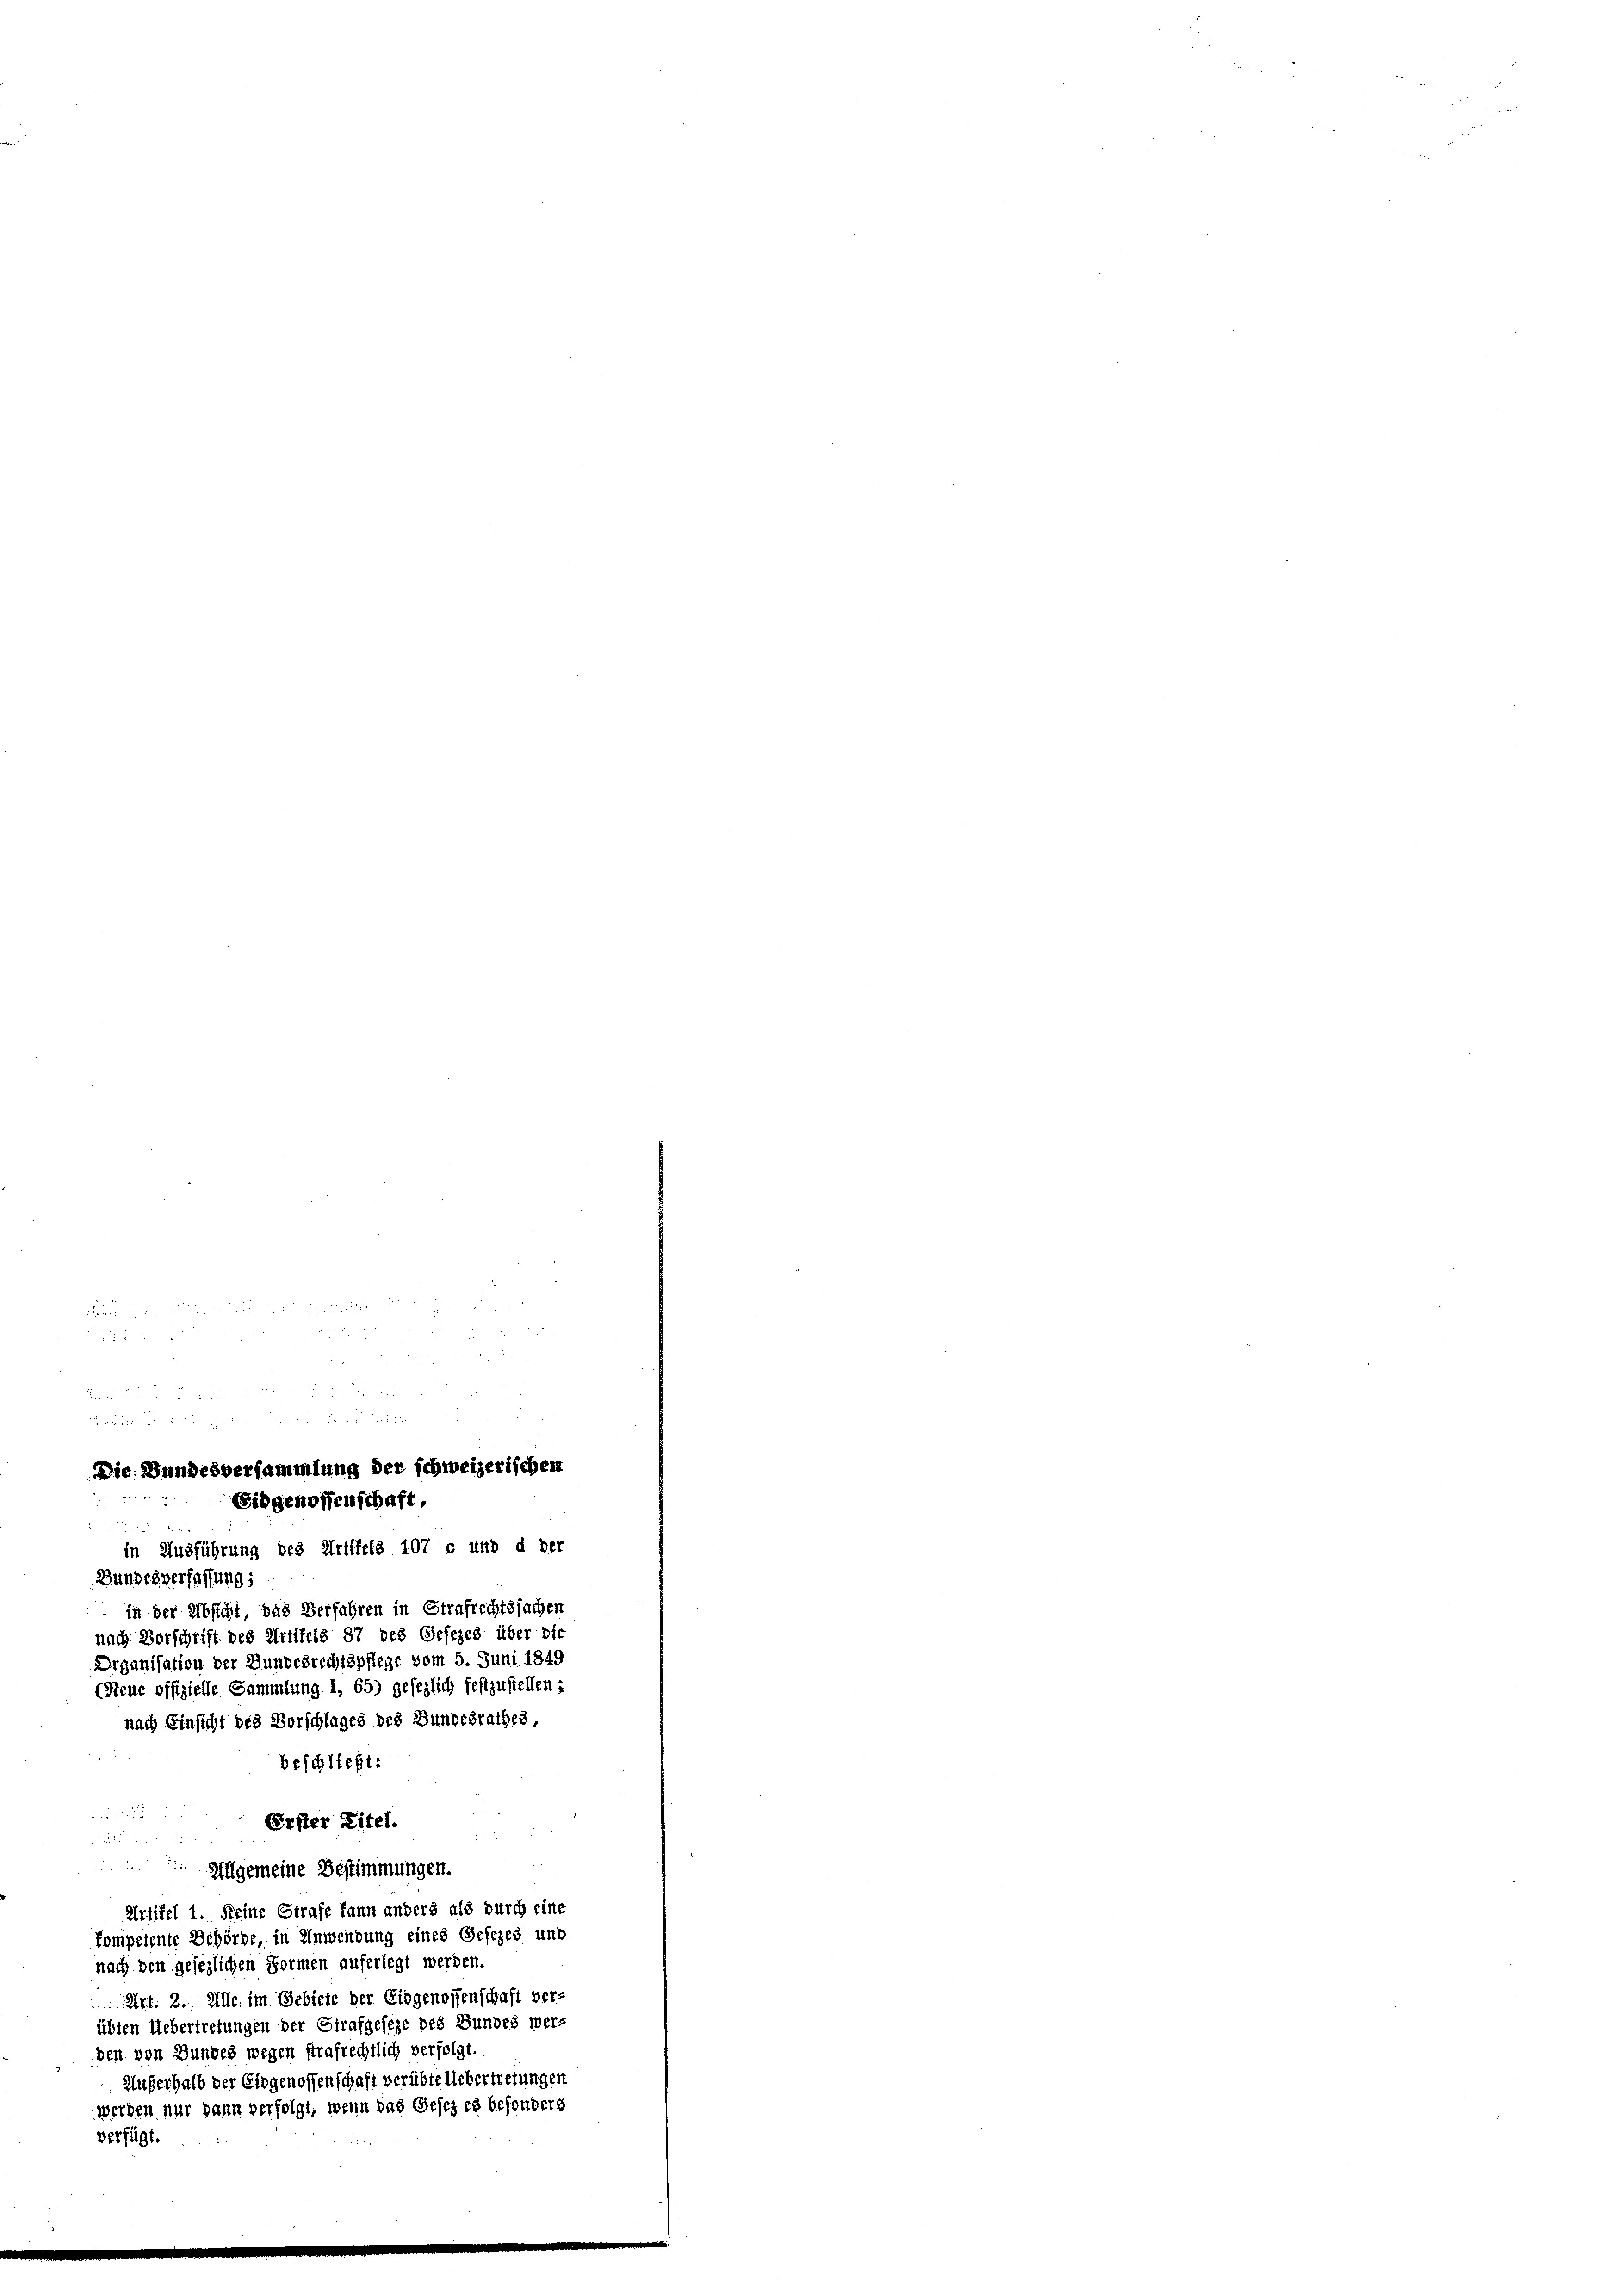
zu
2
2 x

Die Bundesversammlung der schweizerischen
Eidgenossenschaft,

Bundesverfassung;
beschließt:

Erster Titel.

 Allgemeine Bestimmungen.
Urfifel 1. Keine Strafe kann anders als durch eine
kompetente Behörde, in Anwendung eines Gesezes und
nach den gesezlichen Formen auferlegt werden.
Art. 2. Alle im Gebiete der Eidgenossenschaft ver-
übten Uebertretungen der Strafgeseze des Bundes wer-
den von Bundes wegen strafrechtlich verfolgt
Außerhalb der Eidgenossenschaft verübteliebertretungen
werden nur dann verfolgt, wenn das Gesezes besonders
verfügt.

in Ausführung des Artikels 107 c und d der
in der Absicht, das Verfahren in Strafrechtssachen
nach Vorschrift des Urtifels 87 des Gesezes über die
Drganisation der Bundesrechtspflege vom 5. Juni 1849
(Neue offizielle Sammlung I, 65) gesezlich festzustellen:
nach Einsicht des Vorschlages des Bundesrathes,